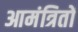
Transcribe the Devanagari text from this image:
आमंत्रितों